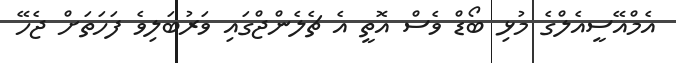
އެމްއޭސީއެލްގެ މުޅި ބޯޑް ވެސް އޮތީ އެ ޗެލެންޖްގައި ވަރުބަލިވެ ފަހަތަށް ޖެހޭ